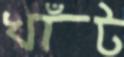
খাঁট